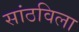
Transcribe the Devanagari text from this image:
सांठविला